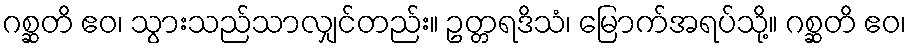
ဂစ္ဆတိ ဧဝ၊ သွားသည်သာလျှင်တည်း။ ဥတ္တရဒိသံ၊ မြောက်အရပ်သို့။ ဂစ္ဆတိ ဧဝ၊